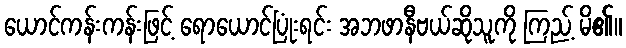
ယောင်ကန်းကန်းဖြင့် ရောယောင်ပြုံးရင်း အဘဖာနီဗယ်ဆိုသူကို ကြည့် မိ၏။